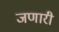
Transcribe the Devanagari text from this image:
जणारी